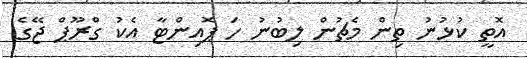
އޮތީ ކުޅުނު ތިން މެޗުން ލިބުނު ހަ ޕޮއިންޓާ އެކު ގްރޫޕް ޖޭގެ